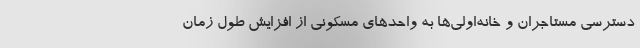
دسترسی مستاجران و خانه‌اولی‌ها به واحدهای مسکونی از افزایش طول زمان